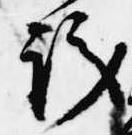
議